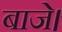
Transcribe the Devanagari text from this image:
बाजे।